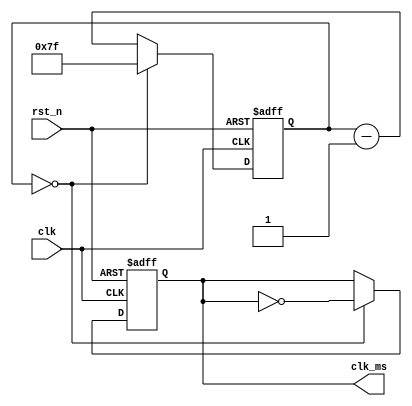
// tary, 17:09 2011/10/7
module milisec_clk
#(
	parameter COUNTER_WIDTH = 7,
	parameter COUNTER_PERIOD = 2 ** (COUNTER_WIDTH + 1)
)
(
	input clk,
	input rst_n,
	output clk_ms
);
	reg clk_ms_r;
	reg [COUNTER_WIDTH - 1:0] cnt_1_milisec;
	localparam [COUNTER_WIDTH - 1:0] COUNTER_MAX = COUNTER_PERIOD / 2 - 1'd1;

	always @(posedge clk or negedge rst_n) begin
		if (!rst_n)
			cnt_1_milisec = COUNTER_MAX;
		else if(cnt_1_milisec == 0)
			cnt_1_milisec = COUNTER_MAX;
		else
			cnt_1_milisec = cnt_1_milisec - 1'd1;
	end

	assign clk_ms = clk_ms_r;

	always @(posedge clk or negedge rst_n) begin
		if (!rst_n)
			clk_ms_r = 0;
		else if (cnt_1_milisec == 0)
			clk_ms_r = ~clk_ms_r;
	end
endmodule